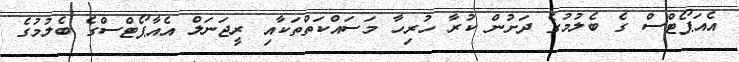
އެއަޕޯޓްސް ގެ ބެލުމުގެ ދަށުން ކުރާ ހުރިހާ މަސައްކަތްތަކާއި ރީޖަނަލް އެއާޕޯޓްސްގެ ބެލުމުގެ